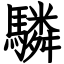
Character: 驎